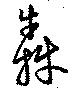
犇